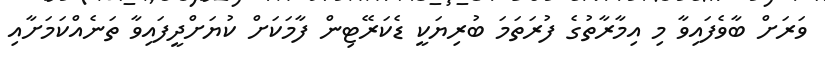
ވަރަށް ބާވެފައިވާ މި އިމާރާތުގެ ފުރަތަމަ ބުރިޔަކީ ޑެކަރޭޓިން ފާމަކަށް ކުޔަށްދީފައިވާ ތަނެއްކަމަށާއި